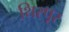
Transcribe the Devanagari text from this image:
थिरपूर